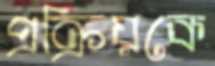
প্রক্রিয়কে